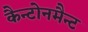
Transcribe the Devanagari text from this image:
कैन्टोनमैन्ट